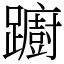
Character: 躕